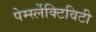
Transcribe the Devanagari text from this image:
पेर्म्स्लेक्टिविटी